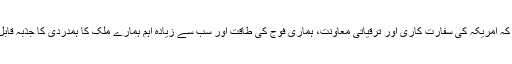
جمعرات کو وائٹ ہاؤس سے خطاب میں اُنھوں نے کہا کہ امریکہ کی سفارت کاری اور ترقیاتی معاونت، ہماری فوج کی طاقت اور سب سے زیادہ اہم ہمارے ملک کا ہمدردی کا جذبہ قابلِ رشک ہے جسے استعمال میں لانے کی ضرورت ہے۔